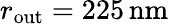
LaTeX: r_{\mathrm{out}}=225\, \mathrm{nm}